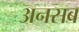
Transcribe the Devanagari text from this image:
अनसब